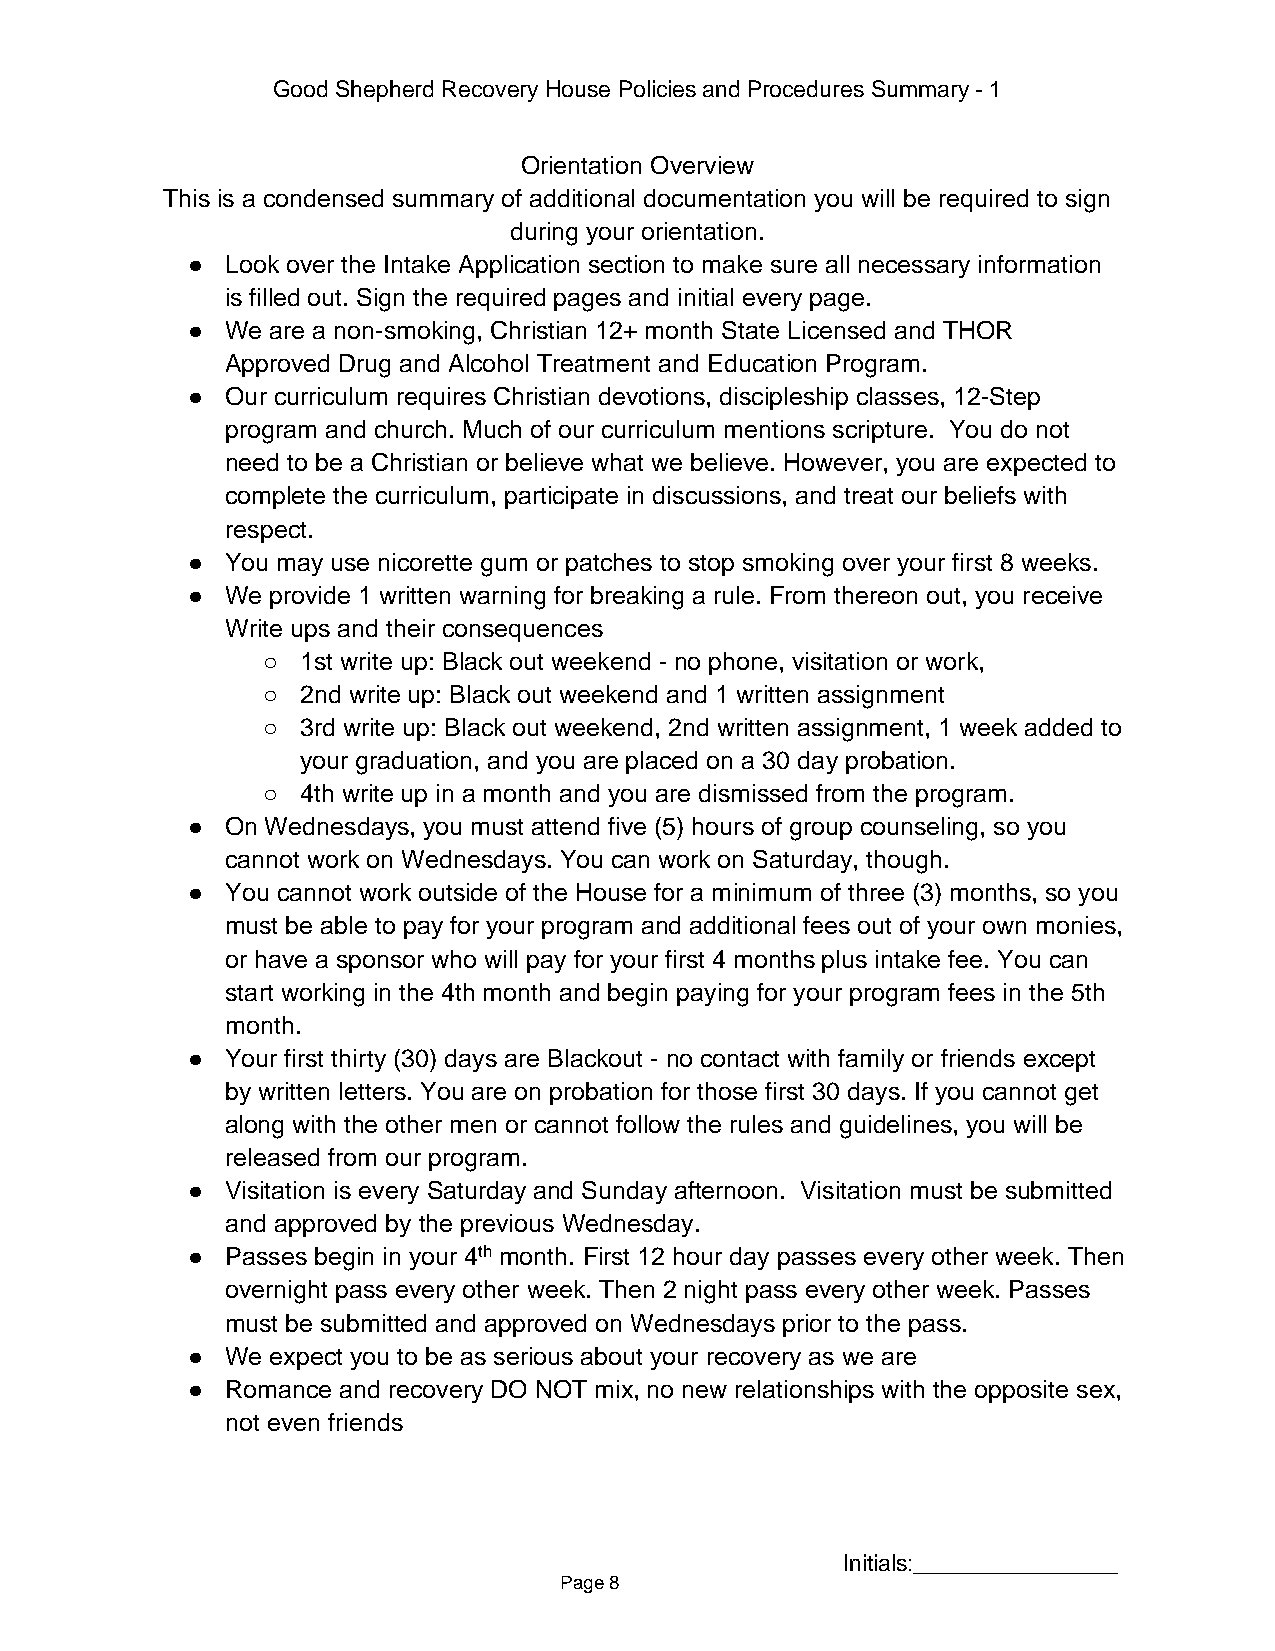
Good Shepherd Recovery House Policies and Procedures Summary - 1
 Orientation Overview
 This is a condensed summary of additional documentation you will be required to sign
 during your orientation.
 ●  Look over the Intake Application section to make sure all necessary information
 is filled out. Sign the required pages and initial every page.
 ●  We are a non-smoking, Christian 12+ month State Licensed and THOR
 Approved Drug and Alcohol Treatment and Education Program.
 ●  Our curriculum requires Christian devotions, discipleship classes, 12-Step
 program and church. Much of our curriculum mentions scripture. You do not
 need to be a Christian or believe what we believe. However, you are expected to
 complete the curriculum, participate in discussions, and treat our beliefs with
 respect.
 ●  You may use nicorette gum or patches to stop smoking over your first 8 weeks.
 ●  We provide 1 written warning for breaking a rule. From thereon out, you receive
 Write ups and their consequences
 ○  1st write up: Black out weekend - no phone, visitation or work,
 ○  2nd write up: Black out weekend and 1 written assignment
 ○  3rd write up: Black out weekend, 2nd written assignment, 1 week added to
 your graduation, and you are placed on a 30 day probation.
 ○  4th write up in a month and you are dismissed from the program.
 ●  On Wednesdays, you must attend five (5) hours of group counseling, so you
 cannot work on Wednesdays. You can work on Saturday, though.
 ●  You cannot work outside of the House for a minimum of three (3) months, so you
 must be able to pay for your program and additional fees out of your own monies,
 or have a sponsor who will pay for your first 4 months plus intake fee. You can
 start working in the 4th month and begin paying for your program fees in the 5th
 month.
 ●  Your first thirty (30) days are Blackout - no contact with family or friends except
 by written letters. You are on probation for those first 30 days. If you cannot get
 along with the other men or cannot follow the rules and guidelines, you will be
 released from our program.
 ●  Visitation is every Saturday and Sunday afternoon. Visitation must be submitted
 and approved by the previous Wednesday.
 ●  Passes begin in your 4th month. First 12 hour day passes every other week. Then
 overnight pass every other week. Then 2 night pass every other week. Passes
 must be submitted and approved on Wednesdays prior to the pass.
 ●  We expect you to be as serious about your recovery as we are
 ●  Romance and recovery DO NOT mix, no new relationships with the opposite sex,
 not even friends
 Initials:________________
 Page 8